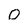
Character: 0